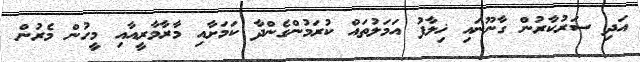
އަދި ސަރުކާރުން ގާނޫނައި ޚިލާފު އަމަލުތައް ކުރަމުންގެންދާ ކަމަށާއި މާރާމާރީއާއި މީހުން މެރުން